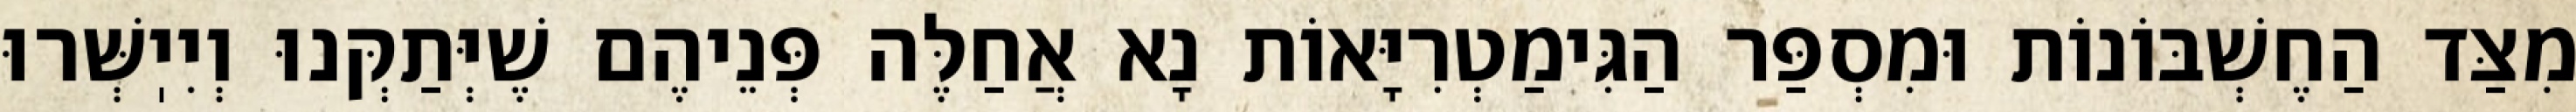
מִצַּד הַחֶשְׁבּוֹנוֹת וּמִסְפַּר הַגִּימַטְרִיָּאוֹת נָא אֲחַלֶּה פְּנֵיהֶם שֶׁיְּתַקְּנוּ וְיִיֽשְּׁרוּ